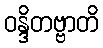
ဝန္ဒိတဗ္ဗာတိ